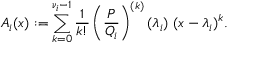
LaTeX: A _ { i } ( x ) : = \sum _ { k = 0 } ^ { \nu _ { i } - 1 } { \frac { 1 } { k ! } } \left( { \frac { P } { Q _ { i } } } \right) ^ { ( k ) } ( \lambda _ { i } ) \ ( x - \lambda _ { i } ) ^ { k } .